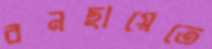
বনছায়েতে